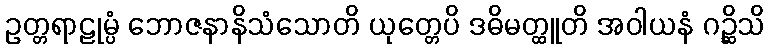
ဥတ္တရာဠုမ္ပံ ဘောဇနာနိသံသောတိ ယုတ္တေပိ ဒဓိမတ္ထူတိ အဝါယနံ ဂဉ္ဆိသိ